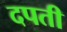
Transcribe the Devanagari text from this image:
दपती